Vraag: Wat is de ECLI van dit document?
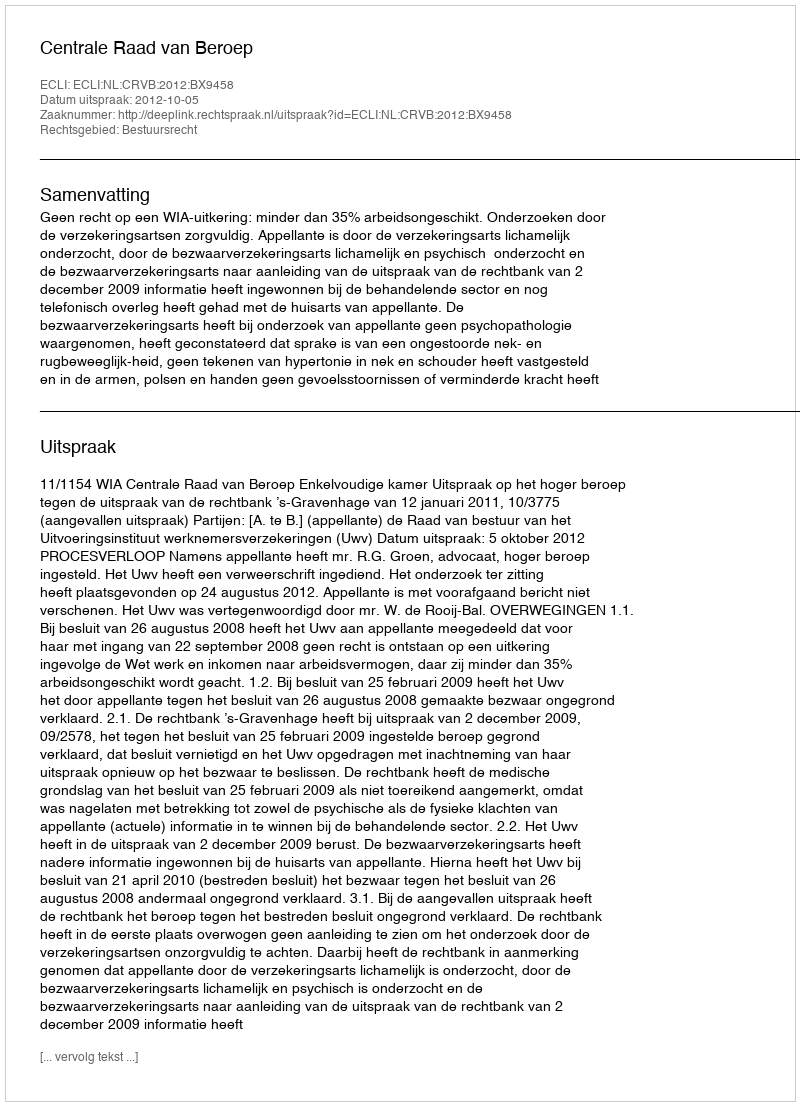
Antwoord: ECLI:NL:CRVB:2012:BX9458